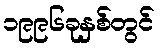
၁၉၉၆ခုနှစ်တွင်